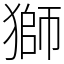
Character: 獅